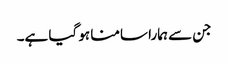
جن سے ہمارا سامنا ہو گیا ہے۔